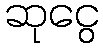
ဆုငွေ